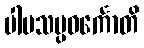
ပါပသမ္ပဝင်္ကောတိ